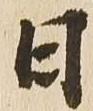
日